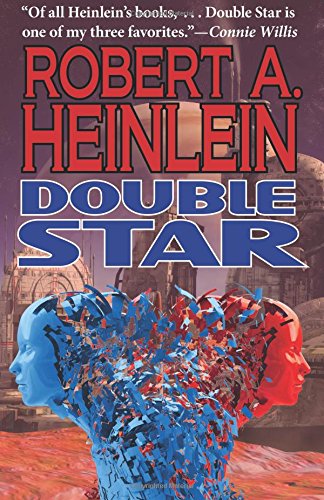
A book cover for Double Star; Robert A. Heinlein; Romance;